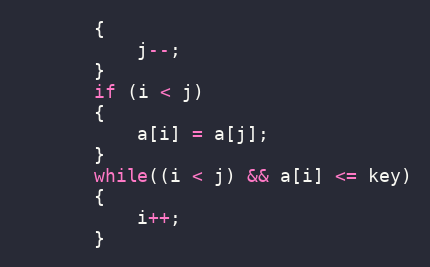
Language: C
	   {
		   j--;
	   }
	   if (i < j)
	   {
		   a[i] = a[j];
	   }
	   while((i < j) && a[i] <= key)
	   {
		   i++;
	   }